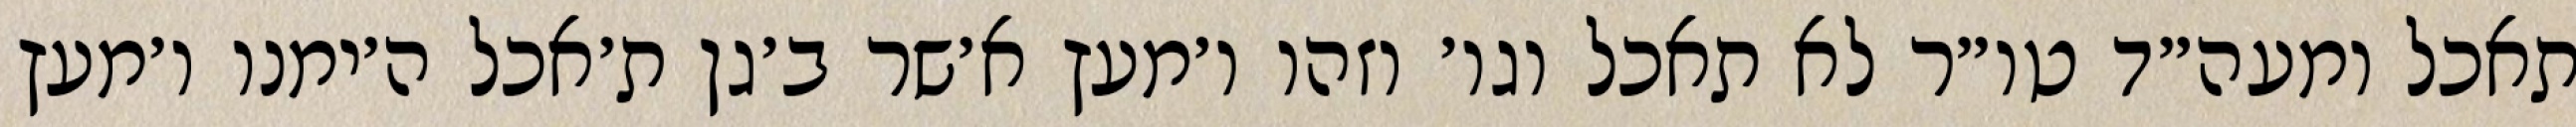
תאכל ומעה״ד טו״ר לא תאכל וגו׳ וזהו ו׳מעץ א׳שר ב׳גן ת׳אכל ה׳ימנו ו׳מעץ